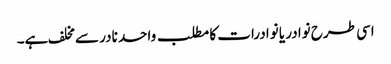
اسی طرح نوادر یا نوادرات کا مطلب واحد نادر سے مخلف ہے۔